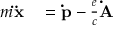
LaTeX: \begin{array} { r l } { m \mathbf { \ddot { x } } } & { { } = \mathbf { \dot { p } } - { \frac { e } { c } } \mathbf { \dot { A } } } \end{array}